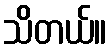
သိတယ်။